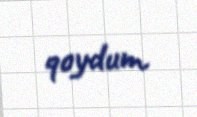
qoydum.